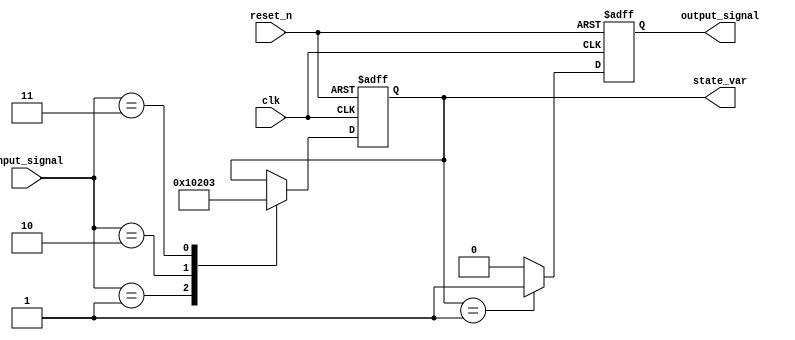
module reset_condition_block (
    input wire clk,               // Clock signal
    input wire reset_n,           // Active low reset signal (active low)
    input wire [3:0] input_signal, // Example input signal for state transitions
    output reg [7:0] state_var,   // State variable (8-bit register)
    output reg output_signal       // Example output signal
);

// State initialization values
localparam INITIAL_STATE = 8'h00; // Define initial state value

// Synchronous reset logic
always @(posedge clk or negedge reset_n) begin
    if (!reset_n) begin
        // Reset condition: set state variables to initial values
        state_var <= INITIAL_STATE;
        output_signal <= 1'b0; // Set output signal to a known state
    end else begin
        // Normal operation: state transitions based on input signals
        // Example state transition logic (can be modified as needed)
        case (input_signal)
            4'b0001: state_var <= 8'h01;
            4'b0010: state_var <= 8'h02;
            4'b0011: state_var <= 8'h03;
            // Add more cases as needed
            default: state_var <= state_var; // Maintain current state
        endcase
        
        // Example output logic based on state variable
        output_signal <= (state_var == 8'h01) ? 1'b1 : 1'b0;
    end
end

endmodule